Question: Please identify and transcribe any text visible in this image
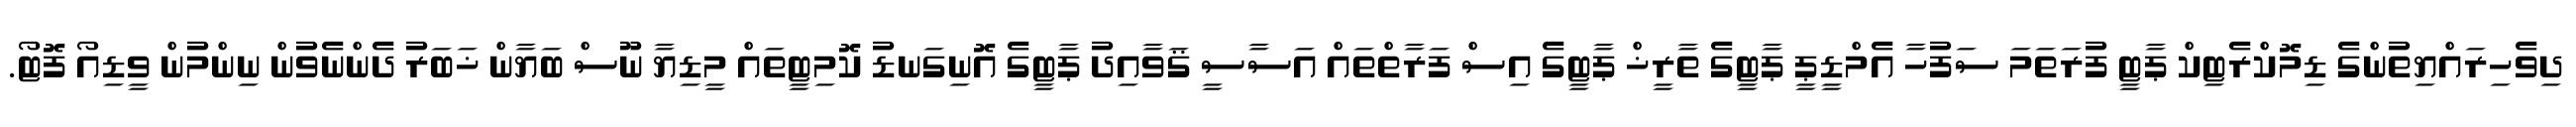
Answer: ދިވެހިރައްޔިތުންގެ ޑިމޮކްރެޓިކް ޕާޓީ ފުރަތަމަ ސަފުހާ އެމްޑީޕީ ޕާޓީގެ ތާރީޚް ޕާޓީގެ އިސް ފަރާތްތައް އަސާސީ ޤަވާއިދު ޕާޓީގެ އޮނިގަނޑު ކޮމިޓީތައް މީޑިޔާ ނޫސް ބަޔާން ޚަބަރު ދެންނެވުން ނިންމުން ވީޑިއޯ ފޮޓޯ.